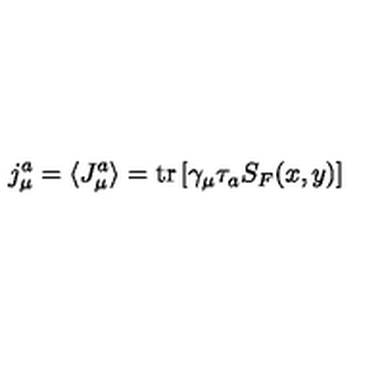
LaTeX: j _ { \mu } ^ { a } = \langle J _ { \mu } ^ { a } \rangle = \mathrm { t r } \left[ \gamma _ { \mu } \tau _ { a } S _ { F } ( x , y ) \right]